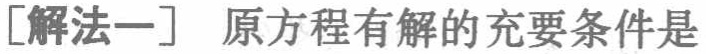
[解法一] 原方程有解的充要条件是